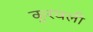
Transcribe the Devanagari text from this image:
कुरवली